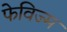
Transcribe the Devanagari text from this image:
फेविज्म